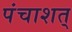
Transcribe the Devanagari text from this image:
पंचाशत्